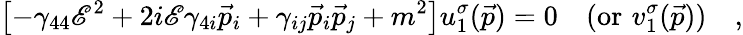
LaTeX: \left[-\gamma_{44}\mathscr{E}^{2}+2i\mathscr{E}\gamma_{4i}\vec{{p}}_{i}+\gamma_{ij}\vec{{p}}_{i}\vec{{p}}_{j}+m^{2}\right]u_{1}^{\sigma}(\vec{{p}})=0\quad(\mathrm{{or}}\, \, v_{1}^{\sigma}(\vec{{p}}))\quad,